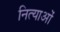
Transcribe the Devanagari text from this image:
नित्याओं